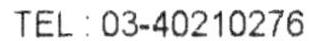
TEL : 03-40210276